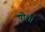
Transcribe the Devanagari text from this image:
पोर्शी